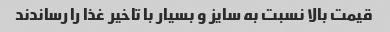
قیمت بالا نسبت به سایز و بسیار‌ با تاخیر غذا‌ را رساندند